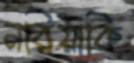
নরিয়াকি